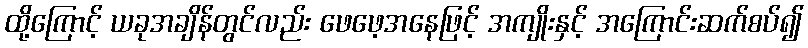
ထို့ကြောင့် ယခုအချိန်တွင်လည်း ဖေဖေ့အနေဖြင့် အကျိုးနှင့် အကြောင်းဆက်စပ်၍